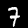
Label: 7